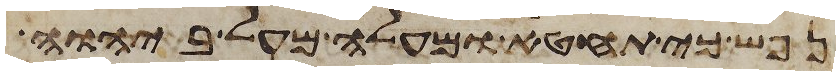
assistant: נפש כי תחטא ומעלה מעל ביהוה